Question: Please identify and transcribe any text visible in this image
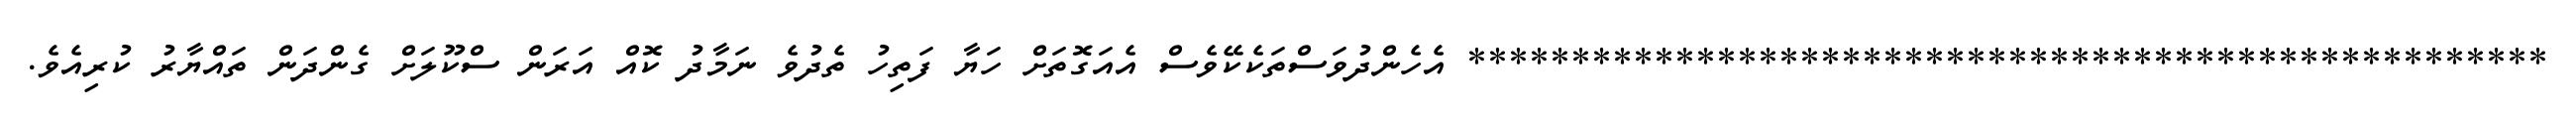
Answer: **************************************************** އެހެންދުވަސްތަކެކޭވެސް އެއަގޮތަށް ހަޔާ ފަތިހު ތެދުވެ ނަމާދު ކޮއް އަރަން ސްކޫލަށް ގެންދަން ތައްޔާރު ކުރިއެވެ.